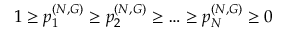
1 \ge p _ { 1 } ^ { ( N , G ) } \ge p _ { 2 } ^ { ( N , G ) } \ge \dots \ge p _ { N } ^ { ( N , G ) } \ge 0